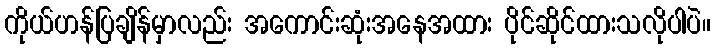
ကိုယ်ဟန်ပြချိန်မှာလည်း အကောင်းဆုံးအနေအထား ပိုင်ဆိုင်ထားသလိုပါပဲ။